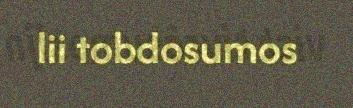
lii tobdosumos